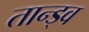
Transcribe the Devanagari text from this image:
तान्ड्व